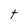
Character: t